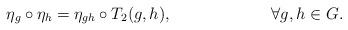
LaTeX: \begin{align*}\eta_g\circ \eta_h=\eta_{gh}\circ T_2(g,h), && \forall g,h \in G. \end{align*}